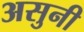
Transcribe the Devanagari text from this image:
असुनी